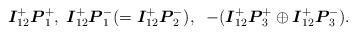
LaTeX: \begin{align*}\boldsymbol{I}_{12}^{+}\boldsymbol{P}_{1}^{+},\;\boldsymbol{I}_{12}^{+}\boldsymbol{P}_{1}^{-}(=\boldsymbol{I}_{12}^{+}\boldsymbol{P}_{2}^{-}),\;\;-(\boldsymbol{I}_{12}^{+}\boldsymbol{P}_{3}^{+}\oplus \boldsymbol{I}_{12}^{+}\boldsymbol{P}_{3}^{-}).\end{align*}